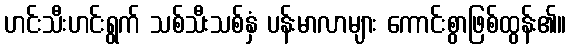
ဟင်းသီးဟင်းရွက် သစ်သီးသစ်နှံ ပန်းမာလာများ ကောင်းစွာဖြစ်ထွန်း၏။